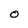
Character: O